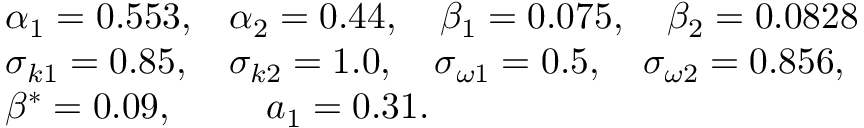
\begin{array} { l l } { \alpha _ { 1 } = 0 . 5 5 3 , } & { \alpha _ { 2 } = 0 . 4 4 , \quad \beta _ { 1 } = 0 . 0 7 5 , \quad \beta _ { 2 } = 0 . 0 8 2 8 } \\ { \sigma _ { k 1 } = 0 . 8 5 , } & { \sigma _ { k 2 } = 1 . 0 , \quad \sigma _ { \omega 1 } = 0 . 5 , \quad \sigma _ { \omega 2 } = 0 . 8 5 6 , } \\ { \beta ^ { * } = 0 . 0 9 , } & { \quad a _ { 1 } = 0 . 3 1 . } \end{array}